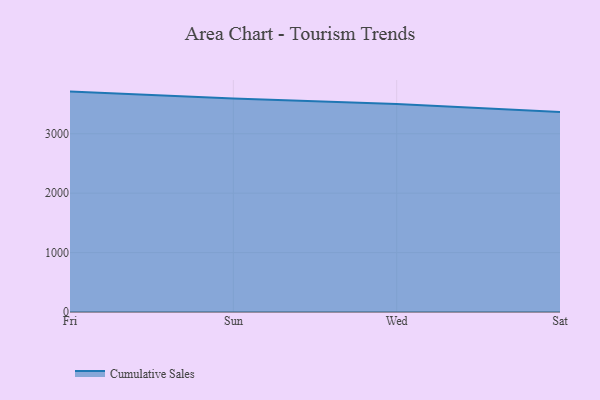
{"axis": {"x": "Day", "y": "Demand Index"}, "legend": ["Cumulative Sales"], "data": [{"x": "Fri", "y": 3710.3, "type": "Cumulative Sales"}, {"x": "Sun", "y": 3592.8, "type": "Cumulative Sales"}, {"x": "Wed", "y": 3500.8, "type": "Cumulative Sales"}, {"x": "Sat", "y": 3367.5, "type": "Cumulative Sales"}]}